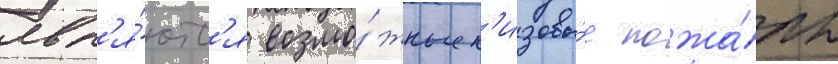
явл'я́ютс'я возмо́жные н'изовы́е пожа́ры